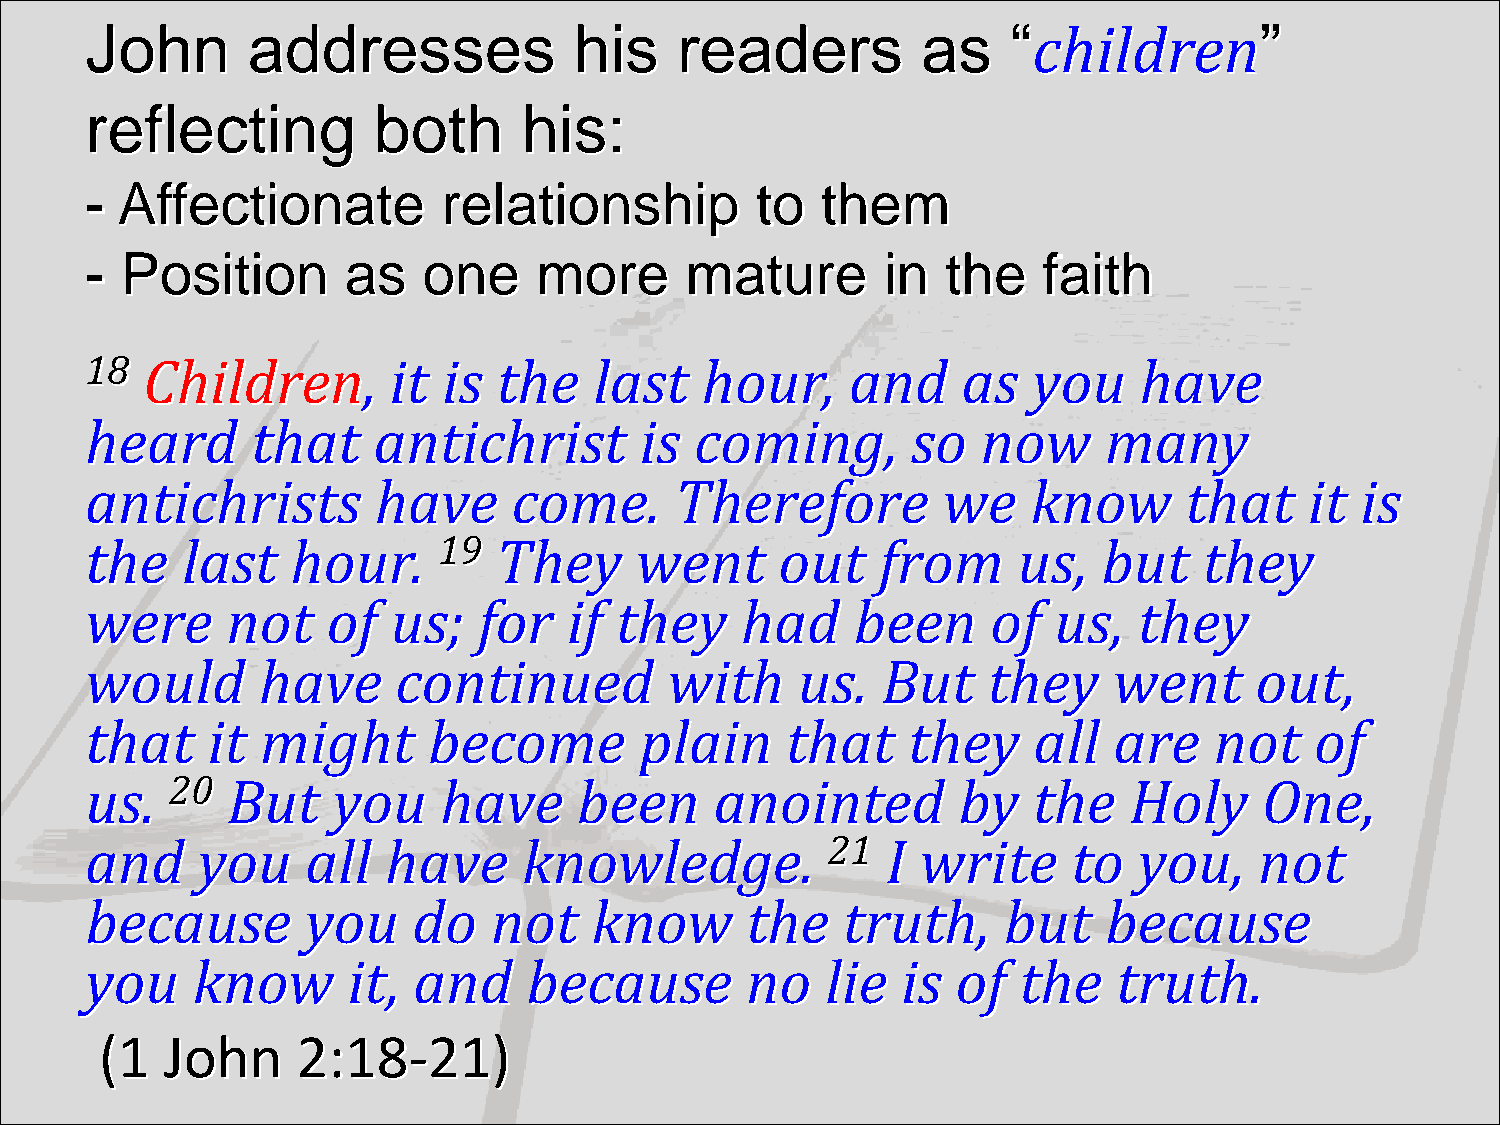
John      addresses             his    readers         as    “children”
 reflecting         both      his:
 - Affectionate         relationship         to  them
 - Position       as   one    more      mature        in  the   faith
 18 Children,        it is  the   last   hour,     and     as  you    have
 heard      that    antichrist       is  coming,       so   now     many
 antichrists        have     come.      Therefore        we    know      that     it is
 the   last   hour.     19  They     went      out   from     us,   but    they
 were     not    of  us;   for   if they    had     been     of  us,  they
 would      have     continued         with     us.  But    they     went     out,
 that    it might      become        plain     that    they    all   are   not    of
 us.  20  But    you    have     been     anointed        by   the    Holy     One,
 and    you    all  have      knowledge.          21  I write     to  you,    not
 because       you    do   not    know      the    truth,    but    because
 you    know      it, and     because       no    lie  is of  the    truth.
 (1  John     2:18-21)